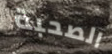
الصحبة